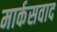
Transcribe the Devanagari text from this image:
मार्कसवाद